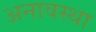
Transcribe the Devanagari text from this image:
अनावस्था